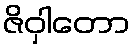
ဇိဝှါတော